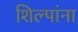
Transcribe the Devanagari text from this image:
शिल्पांना